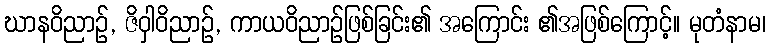
ဃာနဝိညာဉ်, ဇိဝှါဝိညာဉ်, ကာယဝိညာဉ်ဖြစ်ခြင်း၏ အကြောင်း ၏အဖြစ်ကြောင့်။ မုတံနာမ၊